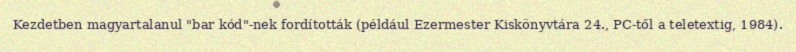
Kezdetben magyartalanul "bar kód"-nek fordították (például Ezermester Kiskönyvtára 24., PC-től a teletextig, 1984).